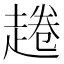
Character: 𧼚